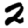
Digit: 2